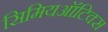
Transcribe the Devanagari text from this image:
सिमियऑटिक्स